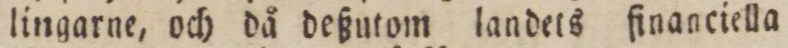
lingarne, och då deßutom landets financiella